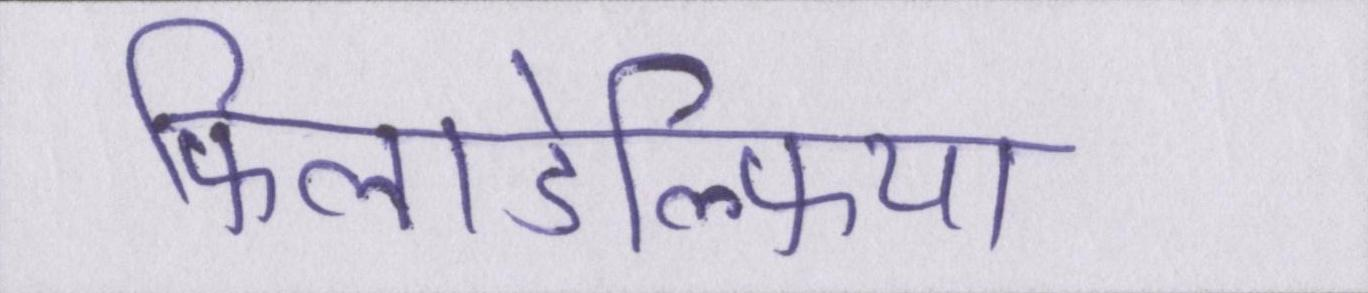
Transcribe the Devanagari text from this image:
फिलाडेल्फिया